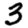
Digit: 3